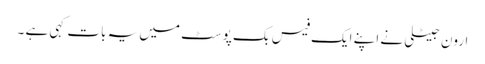
ارون جیٹلی نے اپنے ایک فیس بک پوسٹ میں یہ بات کہی ہے ۔